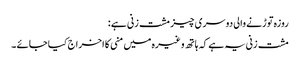
روزہ توڑنے والی دوسری چیز مشت زنی ہے :
مشت زنی یہ ہے کہ ہاتھ وغیرہ میں منی کا اخراج کیا جائے ۔